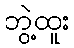
ဘွဲ့ထူး